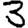
Digit: 3